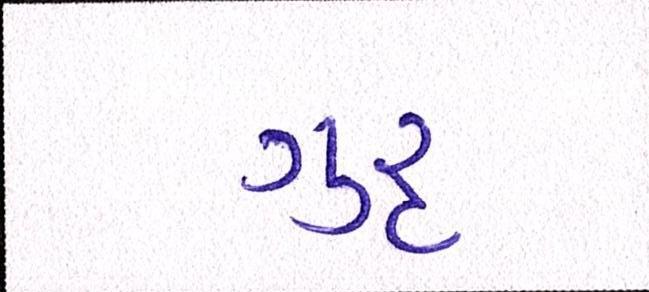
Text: ગુરૃ